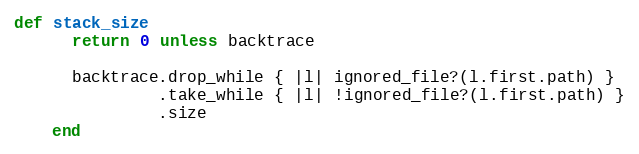
Language: Ruby
def stack_size
      return 0 unless backtrace

      backtrace.drop_while { |l| ignored_file?(l.first.path) }
               .take_while { |l| !ignored_file?(l.first.path) }
               .size
    end